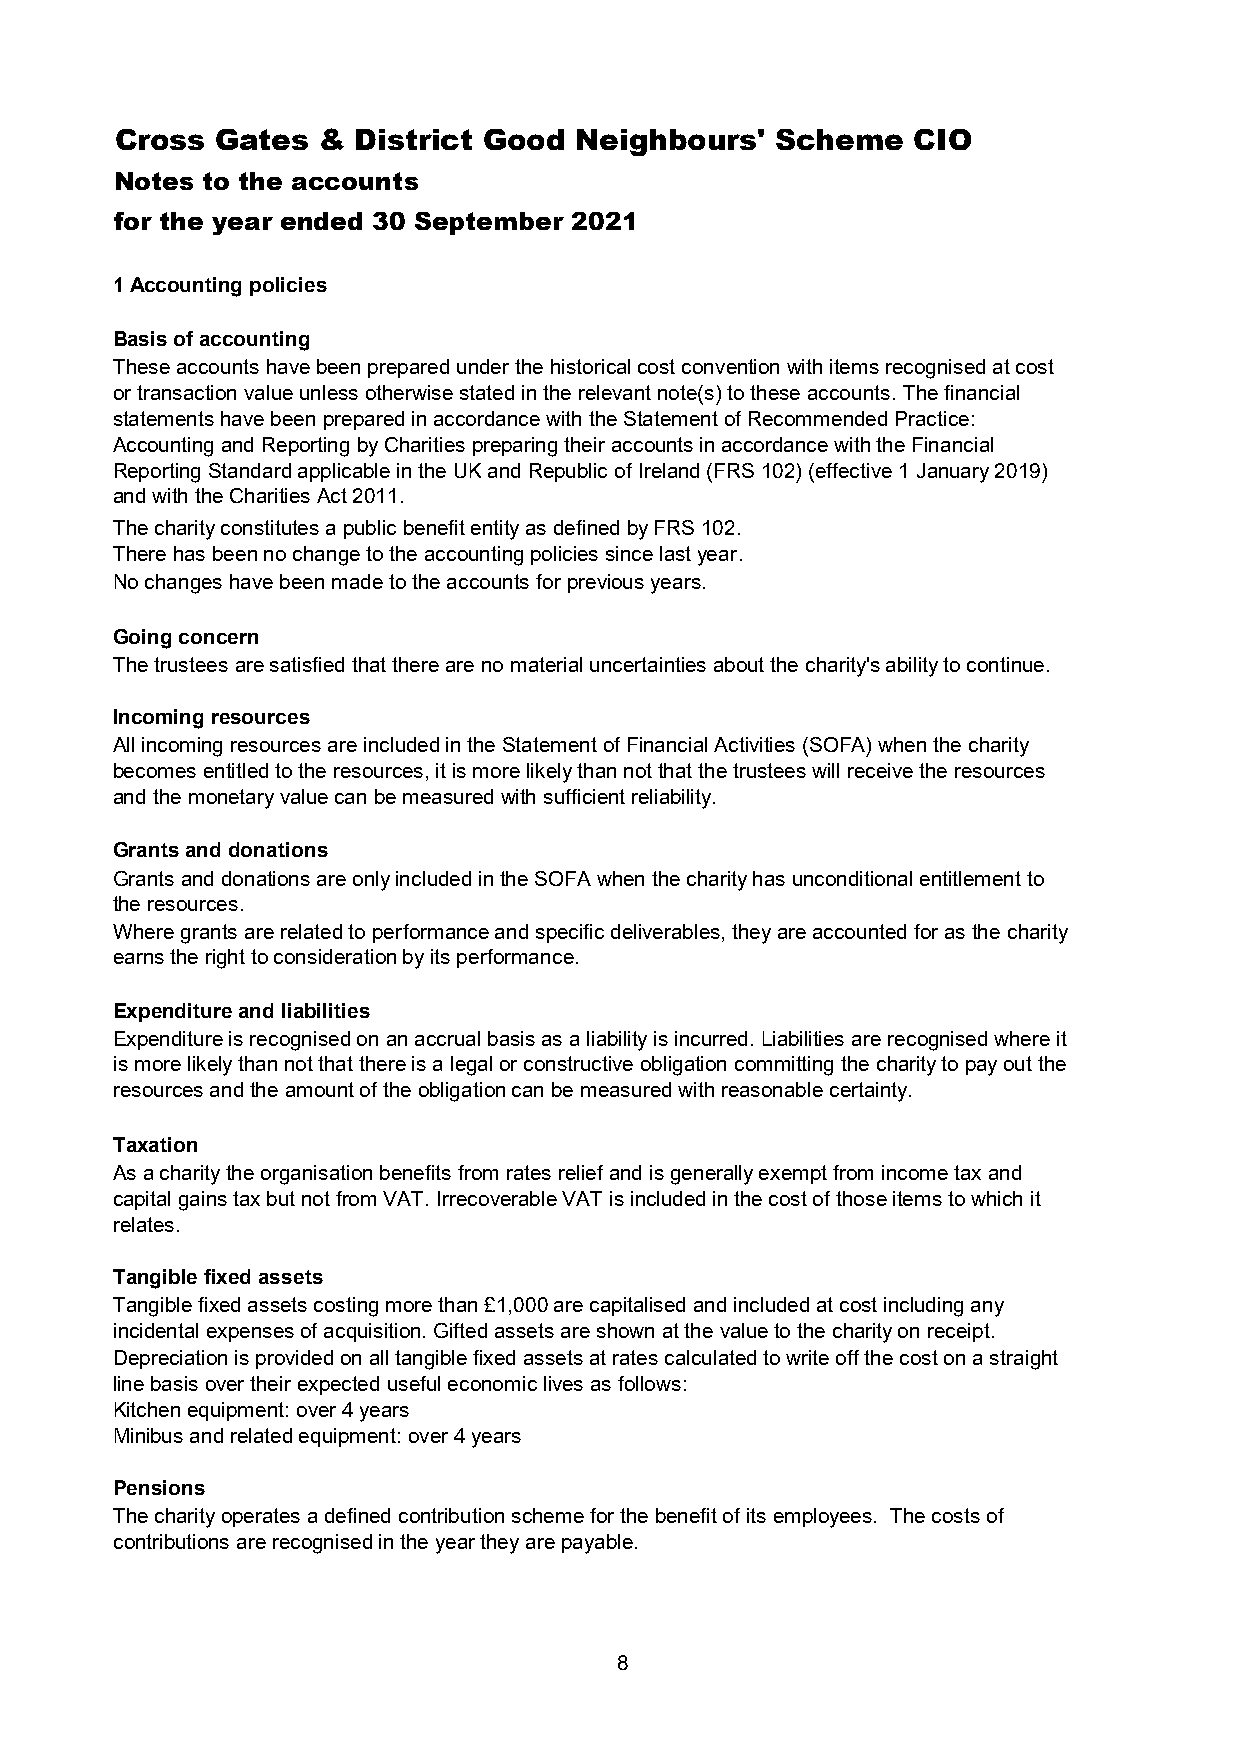
Cross Gates  &  District Good Neighbours'  Scheme   CIO
 Notes to the accounts
 for the year ended 30 September 2021
 1 Accounting policies
 Basis of accounting
 These accounts have been prepared under the historical cost convention with items recognised at cost
 or transaction value unless otherwise stated in the relevant note(s) to these accounts. The financial
 statements have been prepared in accordance with the Statement of Recommended Practice:
 Accounting and Reporting by Charities preparing their accounts in accordance with the Financial
 Reporting Standard applicable in the UK and Republic of Ireland (FRS 102) (effective 1 January 2019)
 and with the Charities Act 2011.
 The charity constitutes a public benefit entity as defined by FRS 102.
 There has been no change to the accounting policies since last year.
 No changes have been made to the accounts for previous years.
 Going concern
 The trustees are satisfied that there are no material uncertainties about the charity's ability to continue.
 Incoming resources
 All incoming resources are included in the Statement of Financial Activities (SOFA) when the charity
 becomes entitled to the resources, it is more likely than not that the trustees will receive the resources
 and the monetary value can be measured with sufficient reliability.
 Grants and donations
 Grants and donations are only included in the SOFA when the charity has unconditional entitlement to
 the resources.
 Where grants are related to performance and specific deliverables, they are accounted for as the charity
 earns the right to consideration by its performance.
 Expenditure and liabilities
 Expenditure is recognised on an accrual basis as a liability is incurred. Liabilities are recognised where it
 is more likely than not that there is a legal or constructive obligation committing the charity to pay out the
 resources and the amount of the obligation can be measured with reasonable certainty.
 Taxation
 As a charity the organisation benefits from rates relief and is generally exempt from income tax and
 capital gains tax but not from VAT. Irrecoverable VAT is included in the cost of those items to which it
 relates.
 Tangible fixed assets
 Tangible fixed assets costing more than £1,000 are capitalised and included at cost including any
 incidental expenses of acquisition. Gifted assets are shown at the value to the charity on receipt.
 Depreciation is provided on all tangible fixed assets at rates calculated to write off the cost on a straight
 line basis over their expected useful economic lives as follows:
 Kitchen equipment: over 4 years
 Minibus and related equipment: over 4 years
 Pensions
 The charity operates a defined contribution scheme for the benefit of its employees. The costs of
 contributions are recognised in the year they are payable.
 8